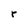
Character: r